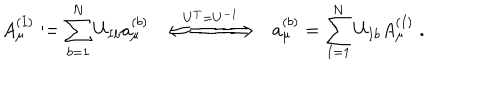
A _ { \mu } ^ { ( I ) } : = \sum _ { b = 1 } ^ { N } U _ { I b } a _ { \mu } ^ { ( b ) } \; \; \stackrel { U ^ { T } = U ^ { - 1 } } { \Longleftarrow \! \! = \! \! = \! \! = \! \! = \! \! = \! \! \! \Longrightarrow } \; \; a _ { \mu } ^ { ( b ) } = \sum _ { I = 1 } ^ { N } U _ { I b } A _ { \mu } ^ { ( I ) } \; .